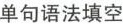
单句语法填空